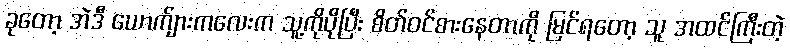
ခုတော့ အဲဒီ ယောက်ျားကလေးက သူ့ကိုပိုပြီး စိတ်ဝင်စားနေတာကို မြင်ရတော့ သူ အထင်ကြီးတဲ့